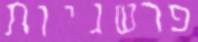
פרשניות